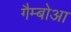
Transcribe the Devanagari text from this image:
गैम्बोआ